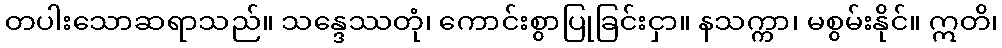
တပါးသောဆရာသည်။ သန္ဒေဿတုံ၊ ကောင်းစွာပြုခြင်းငှာ။ နသက္ကာ၊ မစွမ်းနိုင်။ ဣတိ၊